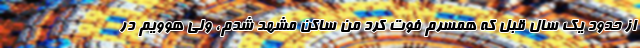
از حدود یک سال قبل که همسرم فوت کرد من ساکن مشهد شدم، ولی هوویم در